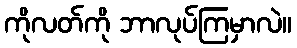
ကိုလတ်ကို ဘာလုပ်ကြမှာလဲ။